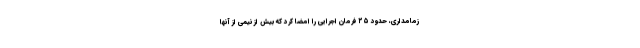
زمامداری، حدود ۲۵ فرمان اجرایی را امضا کرد که بیش از نیمی از آنها